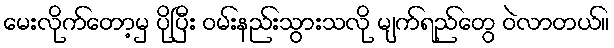
မေးလိုက်တော့မှ ပိုပြီး ဝမ်းနည်းသွားသလို မျက်ရည်တွေ ဝဲလာတယ်။